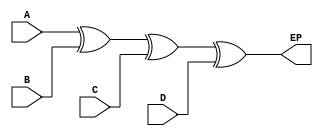
/* module even_parity_generator
*
*  Purpose: Generates an EVEN parity bit to output
*
*  Input: Four inputs A,B,C,D
*  Output: Even parity bit output EP
*  Student: Jonathan Boryla
*		    
*/
module even_parity_generator (A,B,C,D,EP); //module name and ports

	input wire A,B,C,D; //Inputs 
	output wire EP;	//Outputs

	assign EP = A^B^C^D; //XOR A,B,C,D and assign to EP to produce an even parity bit

endmodule